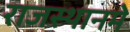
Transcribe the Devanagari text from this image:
राजस्थानमे